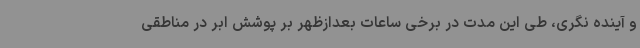
و آینده نگری، طی این مدت در برخی ساعات بعدازظهر بر پوشش ابر در مناطقی